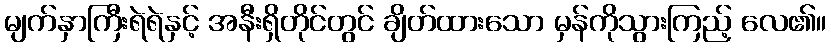
မျက်နှာကြီးရဲရဲနှင့် အနီးရှိတိုင်တွင် ချိတ်ထားသော မှန်ကိုသွားကြည့် လေ၏။